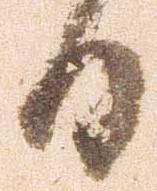
日